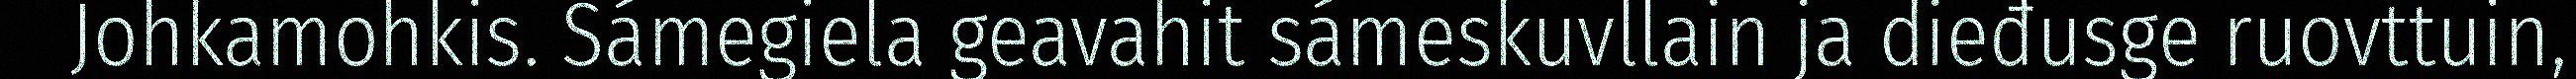
Johkamohkis. Sámegiela geavahit sámeskuvllain ja dieđusge ruovttuin,